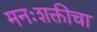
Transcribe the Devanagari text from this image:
मनःशक्तीचा